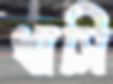
খাসি